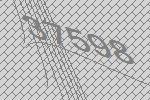
37598